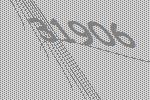
31906